Scientific memoirs by medical officers of the Army of India - Part VIII,
Year: 1894
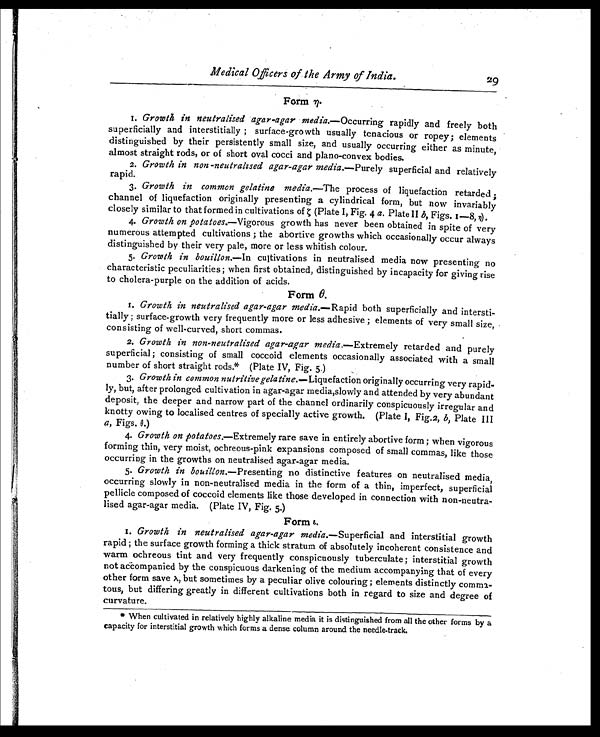
Medical Officers of the Army of India.
2
9
Form η.
1
. Growth in neutralised agar-agar media. —Occurring rapidly and freely both
superficially and interstitially ; surface-growth usually tenacious or ropey; elements
distinguished by their persistently small size, and usually occurring either as minute,
almost straight rods, or of short oval cocci and plano-convex bodies.
2. Growth in non -neutralised agar-agar media. —Purely superficial and relatively
rapid.
3. Growth in common gelatine media. —The process of liquefaction retarded ;
channel of liquefaction originally presenting a cylindrical form, but now invariably
closely similar to that formed in cultivations of ζ ( P l a t e I , F i g . 4
a . P l a t e I I
b , F i g s . 1 - 8 ,
η ) .
4. Growth on potatoes. —Vigorous growth has never been obtained in spite of very
numerous attempted cultivations ; the abortive growths which occasionally occur always
distinguished by their very pale, more or less whitish colour.
5. Growth in bouillon. —In cultivations in neutralised media now presenting no
characteristic peculiarities ; when first obtained, distinguished by incapacity for giving rise
to cholera-purple on the addition of acids.
Form θ.
1.
Growth in neutralised agar-agar media. —Rapid both superficially and intersti-
tially; surface-growth very frequently more or less adhesive ; elements of very small size,
consisting of well-curved, short commas.
2. Growth in non-neutralised agar-agar media. —Extremely retarded and purely
superficial ; consisting of small coccoid elements occasionally associated with a small
number of short straight rods.* (Plate IV, Fig. 5.)
3. Growth in common nutritive gelatine. —Liquefaction originally occurring very rapid-
ly, but, after prolonged cultivation in agar-agar media,slowly and attended by very abundant
deposit, the deeper and narrow part of the channel ordinarily conspicuously irregular and
knotty owing to localised centres of specially active growth. (Plate 1, Fig.2, b, Plate III
a, Figs. θ.)
4. Growth on potatoes. —Extremely rare save in entirely abortive form ; when vigorous
forming thin, very moist, ochreous-pink expansions composed of small commas, like those
occurring in the growths on neutralised agar-agar media.
5. Growth in bouillon. —Presenting no distinctive features on neutralised media,
occurring slowly in non-neutralised media in the form of a thin, imperfect, superficial
pellicle composed of coccoid elements like those developed in connection with non-neutra-
lised agar-agar media. (Plate IV, Fig. 5.)
Form ι.
1. Growth in neutralised agar-agar media. —Superficial and interstitial growth
rapid ; the surface growth forming a thick stratum of absolutely incoherent consistence and
warm ochreous tint and very frequently conspicuously tuberculate ; interstitial growth
not accompanied by the conspicuous darkening of the medium accompanying that of every
other form save λ , but sometimes by a peculiar olive colouring ; elements distinctly comma-
tous, but differing greatly in different cultivations both in regard to size and degree of
curvature.
* When cultivated in relatively highly alkaline media it is distinguished from all the other forms by a
capacity for interstitial growth which forms a dense column around the needle-track.